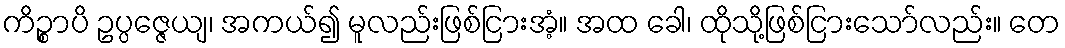
ကိဉ္စာပိ ဥပ္ပဇ္ဇေယျ၊ အကယ်၍ မူလည်းဖြစ်ငြားအံ့။ အထ ခေါ၊ ထိုသို့ဖြစ်ငြားသော်လည်း။ တေ